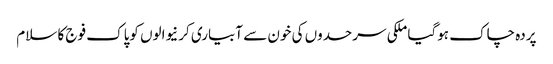
پردہ چاک ہوگیا ملکی سرحدوں کی خون سے آبیاری کرنیوالوں کوپاک فوج کا سلام